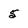
Character: 5